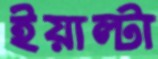
ইয়াল্টা